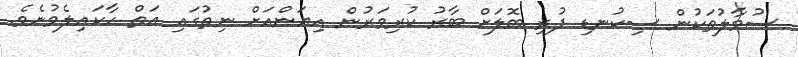
ސުވާލުތަކުން ސިކުނޑި ފުރި ބޮލަށް ބާރު ކުރިވަރުން އިޔަންއަށް ނިތުގައި އަތް ހާކައިލެވުނެވެ.